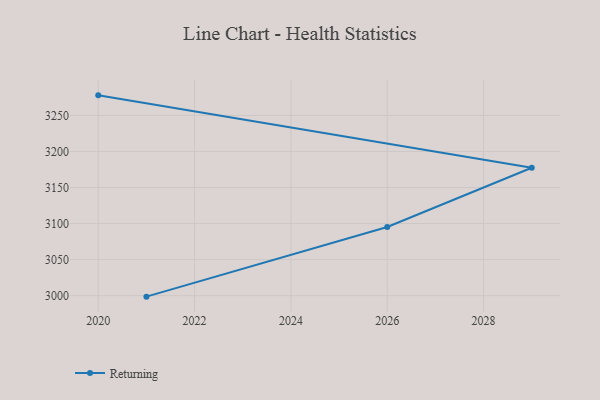
{"axis": {"x": "Year", "y": "Shipments"}, "legend": ["Returning"], "data": [{"x": "2020", "y": 3277.9, "type": "Returning"}, {"x": "2029", "y": 3177.5, "type": "Returning"}, {"x": "2026", "y": 3095.3, "type": "Returning"}, {"x": "2021", "y": 2998.6, "type": "Returning"}]}